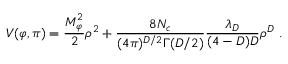
V ( \varphi , \pi ) = \frac { M _ { \varphi } ^ { 2 } } { 2 } \rho ^ { 2 } + \frac { 8 N _ { c } } { ( 4 \pi ) ^ { D / 2 } \Gamma ( D / 2 ) } \frac { \lambda _ { D } } { ( 4 - D ) D } \rho ^ { D } \ .